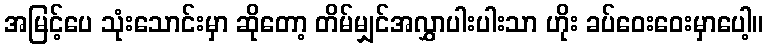
အမြင့်ပေ သုံးသောင်းမှာ ဆိုတော့ တိမ်မျှင်အလွှာပါးပါးသာ ဟိုး ခပ်ဝေးဝေးမှာပေါ့။